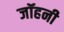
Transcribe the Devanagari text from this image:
जॉहनी